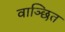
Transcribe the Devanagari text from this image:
वाञ्छित